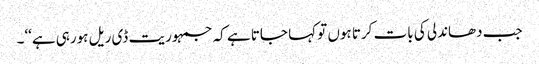
جب دھاندلی کی بات کرتا ہوں تو کہا جاتا ہے کہ جمہوریت ڈی ریل ہورہی ہے‘‘۔